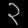
Digit: ၃